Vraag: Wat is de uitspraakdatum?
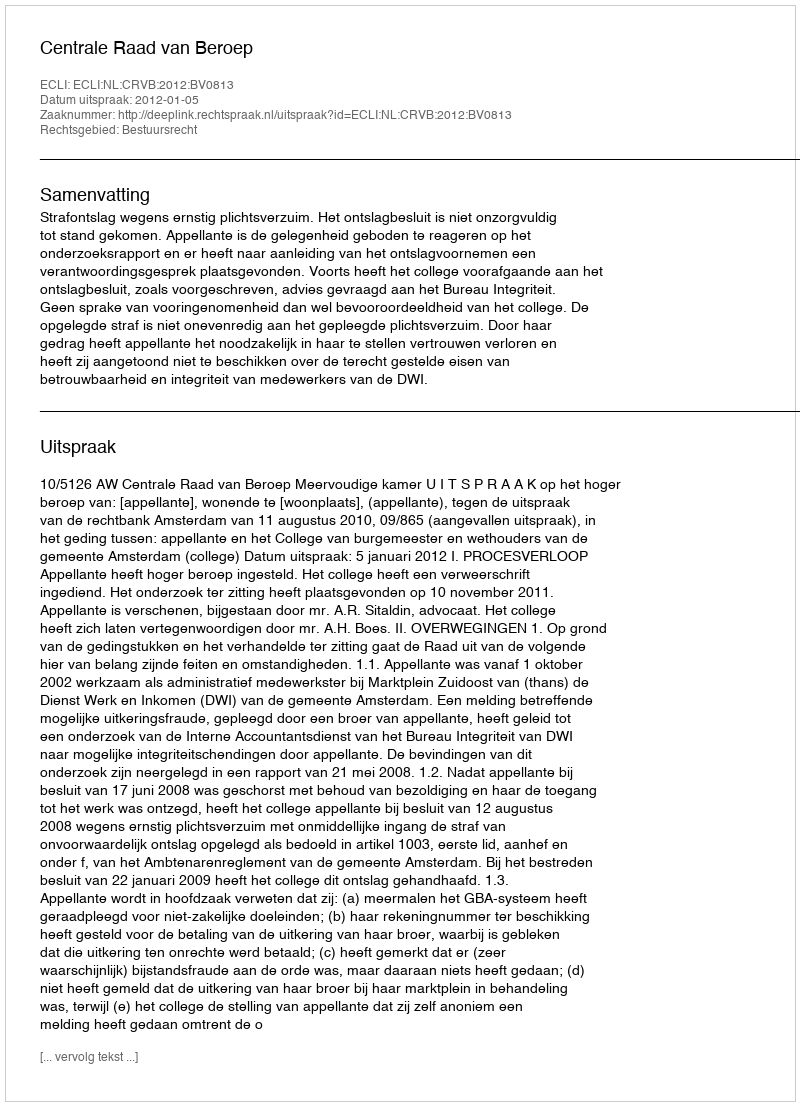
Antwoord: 2012-01-05